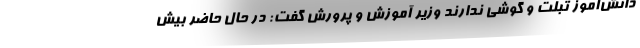
دانش‌آموز تبلت و گوشی ندارند وزیر آموزش و پرورش گفت: در حال حاضر بیش